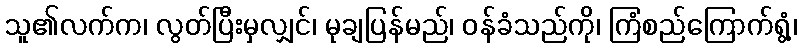
သူ၏လက်က၊ လွတ်ပြီးမှလျှင်၊ မုချပြန်မည်၊ ဝန်ခံသည်ကို၊ ကြံစည်ကြောက်ရွံ့၊